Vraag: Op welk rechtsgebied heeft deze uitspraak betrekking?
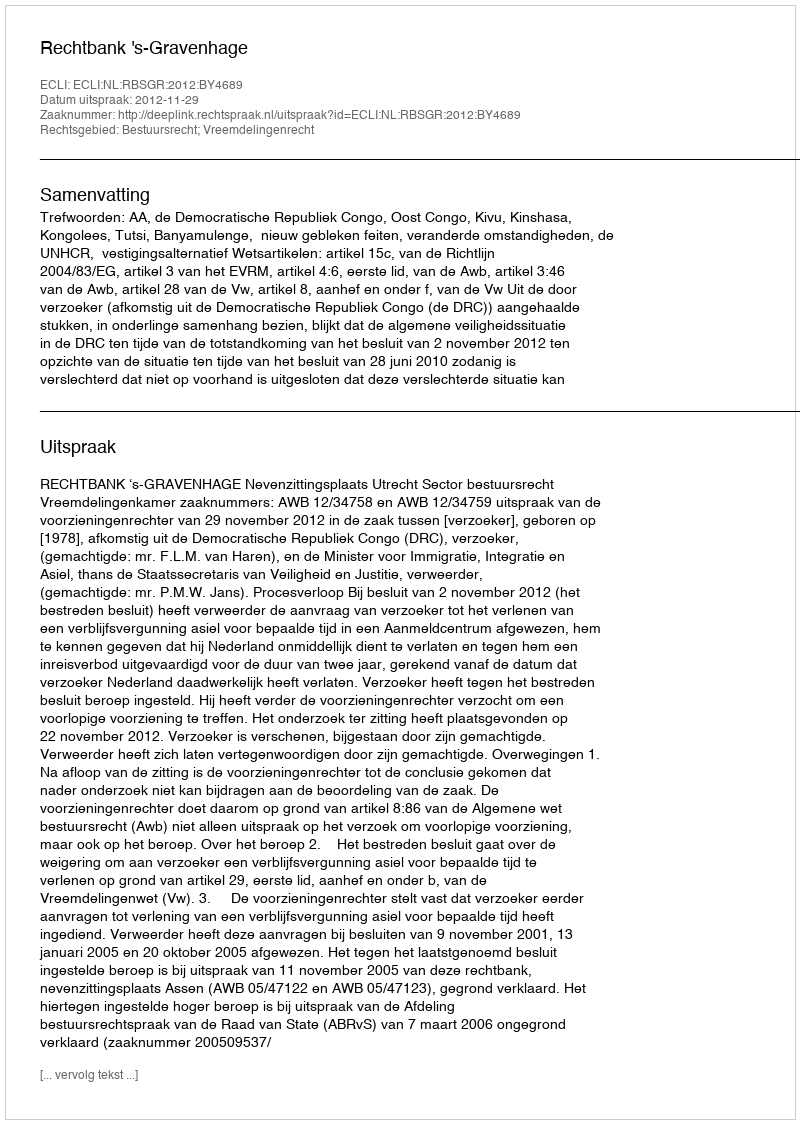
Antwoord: Bestuursrecht; Vreemdelingenrecht